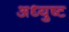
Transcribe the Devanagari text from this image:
अध्युष्ट